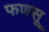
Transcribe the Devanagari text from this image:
फणसू